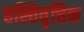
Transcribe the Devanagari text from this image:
हस्तिवृत्तिक